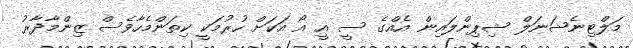
މަލްޓިނެޝަނަލް ޝިޕިންލައިން އެއްގެ ސީ އީ އޯ އަކަށް ހުރުމަކީ ކިތަންމެހާވެސް ޒިންމާދާރު